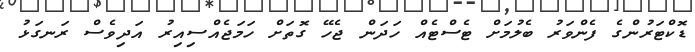
ޑޮކްޓަރުންގެ ފެންވަރު ބެލުމަށް ޓެސްޓެއް ހަދަން ޖެހޭ ގޮތަށް ހަމަޖެއްސިއިރު އަދިވެސް ރަނގަޅު